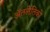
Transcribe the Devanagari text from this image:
ॲतलेतिको